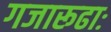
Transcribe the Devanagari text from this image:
गजारूढाः